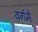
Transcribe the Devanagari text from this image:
वर्गमे